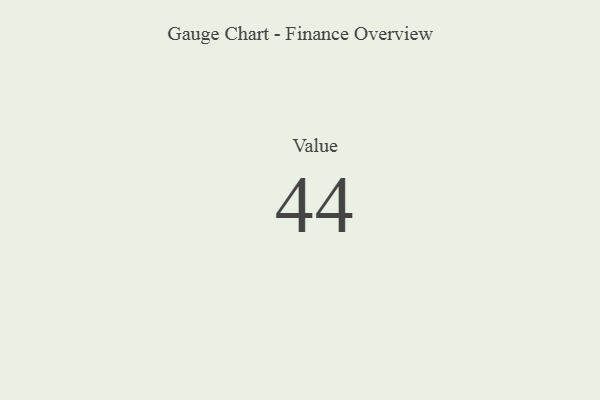
{"axis": {"x": "Metric", "y": "Value"}, "legend": [""], "data": [{"x": "Value", "y": 44, "type": ""}]}